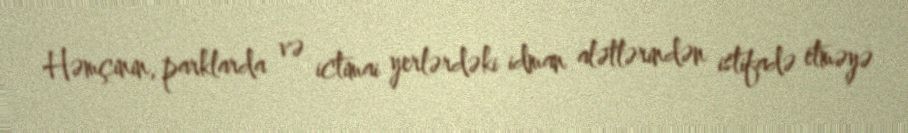
Həmçinin, parklarda və ictimai yerlərdəki idman alətlərindən istifadə etməyə